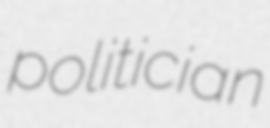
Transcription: politician